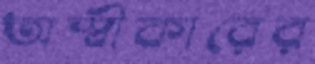
অস্বীকারের